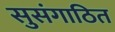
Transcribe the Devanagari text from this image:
सुसंगाठित